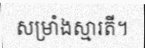
សម្រាំងស្មារតី។